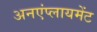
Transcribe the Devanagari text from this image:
अनएंप्लायमेंट